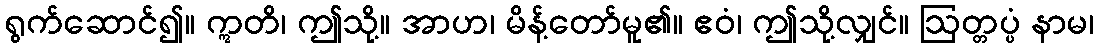
ရွက်ဆောင်၍။ ဣတိ၊ ဤသို့။ အာဟ၊ မိန့်တော်မူ၏။ ဧဝံ၊ ဤသို့လျှင်။ ဩတ္တပ္ပံ နာမ၊